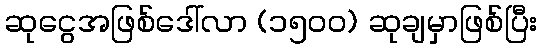
ဆုငွေအဖြစ်ဒေါ်လာ (၁၅၀၀) ဆုချမှာဖြစ်ပြီး